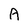
Character: A